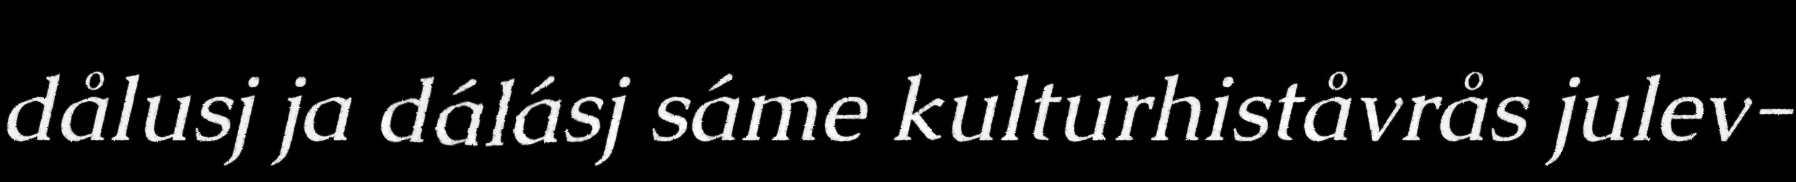
dålusj ja dálásj sáme kulturhiståvrås julev-